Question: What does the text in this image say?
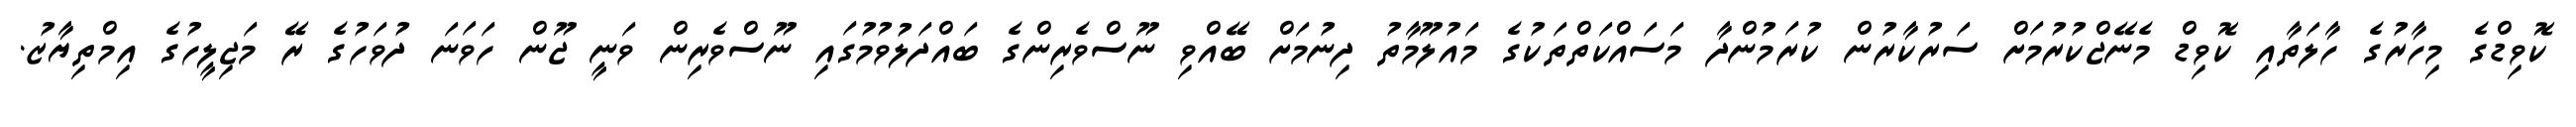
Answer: ކޮވިޑްގެ މިހާރުގެ ހާލަތާއި ކޮވިޑް މެނޭޖްކުރުމަށް ސަރުކާރުން ކުރަމުންދާ މަސައްކަތްތަކުގެ މައުލޫމާތު ދިނުމަށް ބޭއްވި ނޫސްވެރިންގެ ބައްދަލުވުމުގައި ނޫސްވެރިން ވަނީ ޖޫން ހަވަނަ ދުވަހުގެ ރޭ މަޖިލީހުގެ އިމްތިޔާޒު.